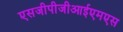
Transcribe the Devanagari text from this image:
एसजीपीजीआईएमएस